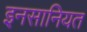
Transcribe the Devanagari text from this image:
इनसानियत